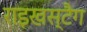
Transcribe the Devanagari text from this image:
राइखस्टैग